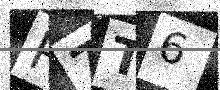
Text: P7T6